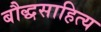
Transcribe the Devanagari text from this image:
बौद्धसाहित्य